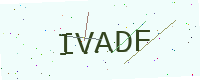
Text: IVADF